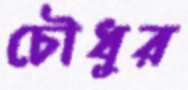
চৌধুর